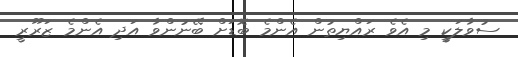
ސުވާލަކީ މި އެވެ ރައްޔިތުން އެންމެ ބޮޑަށް ބޭނުންވާ އަދި އެންމެ ޒަރޫރީ